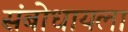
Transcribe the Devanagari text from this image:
संबोधायला